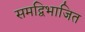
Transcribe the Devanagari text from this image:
समद्विभाजित